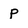
Character: p